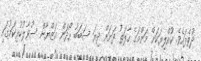
ދުވެފައެވެ. ކުއްލިޔަކަށް މަންމަގެ ހާލަތު ދަށަށް ދިޔަ ސަބަބު ހޯދަން އަޒްޔާން ސުވާލުކުރިކަމުގައި